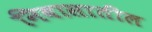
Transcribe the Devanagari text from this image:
निवासातील